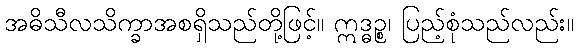
အဓိသီလသိက္ခာအစရှိသည်တို့ဖြင့်။ ဣဒ္ဓဉ္စ၊ ပြည့်စုံသည်လည်း။